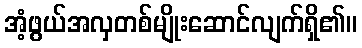
အံ့ဖွယ်အလှတစ်မျိုးဆောင်လျက်ရှိ၏။